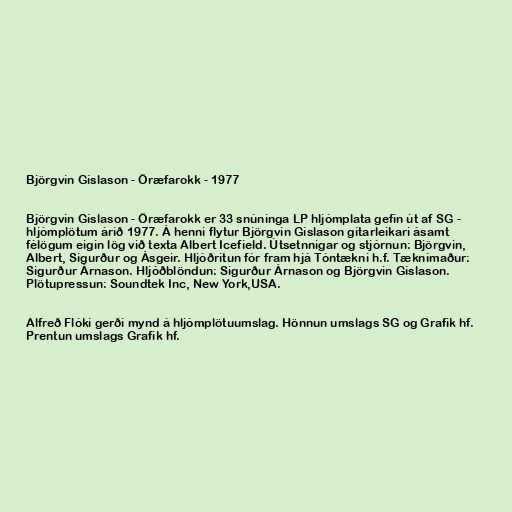
Björgvin Gíslason - Öræfarokk - 1977

Björgvin Gíslason - Öræfarokk er 33 snúninga LP hljómplata gefin út af SG -
hljómplötum árið 1977. Á henni flytur Björgvin Gíslason gítarleikari ásamt
félögum eigin lög við texta Albert Icefield. Útsetnnigar og stjórnun: Björgvin,
Albert, Sigurður og Ásgeir. Hljóðritun fór fram hjá Tóntækni h.f. Tæknimaður:
Sigurður Árnason. Hljóðblöndun: Sigurður Árnason og Björgvin Gíslason.
Plötupressun: Soundtek Inc, New York,USA.

Alfreð Flóki gerði mynd á hljómplötuumslag. Hönnun umslags SG og Grafik hf.
Prentun umslags Grafik hf.